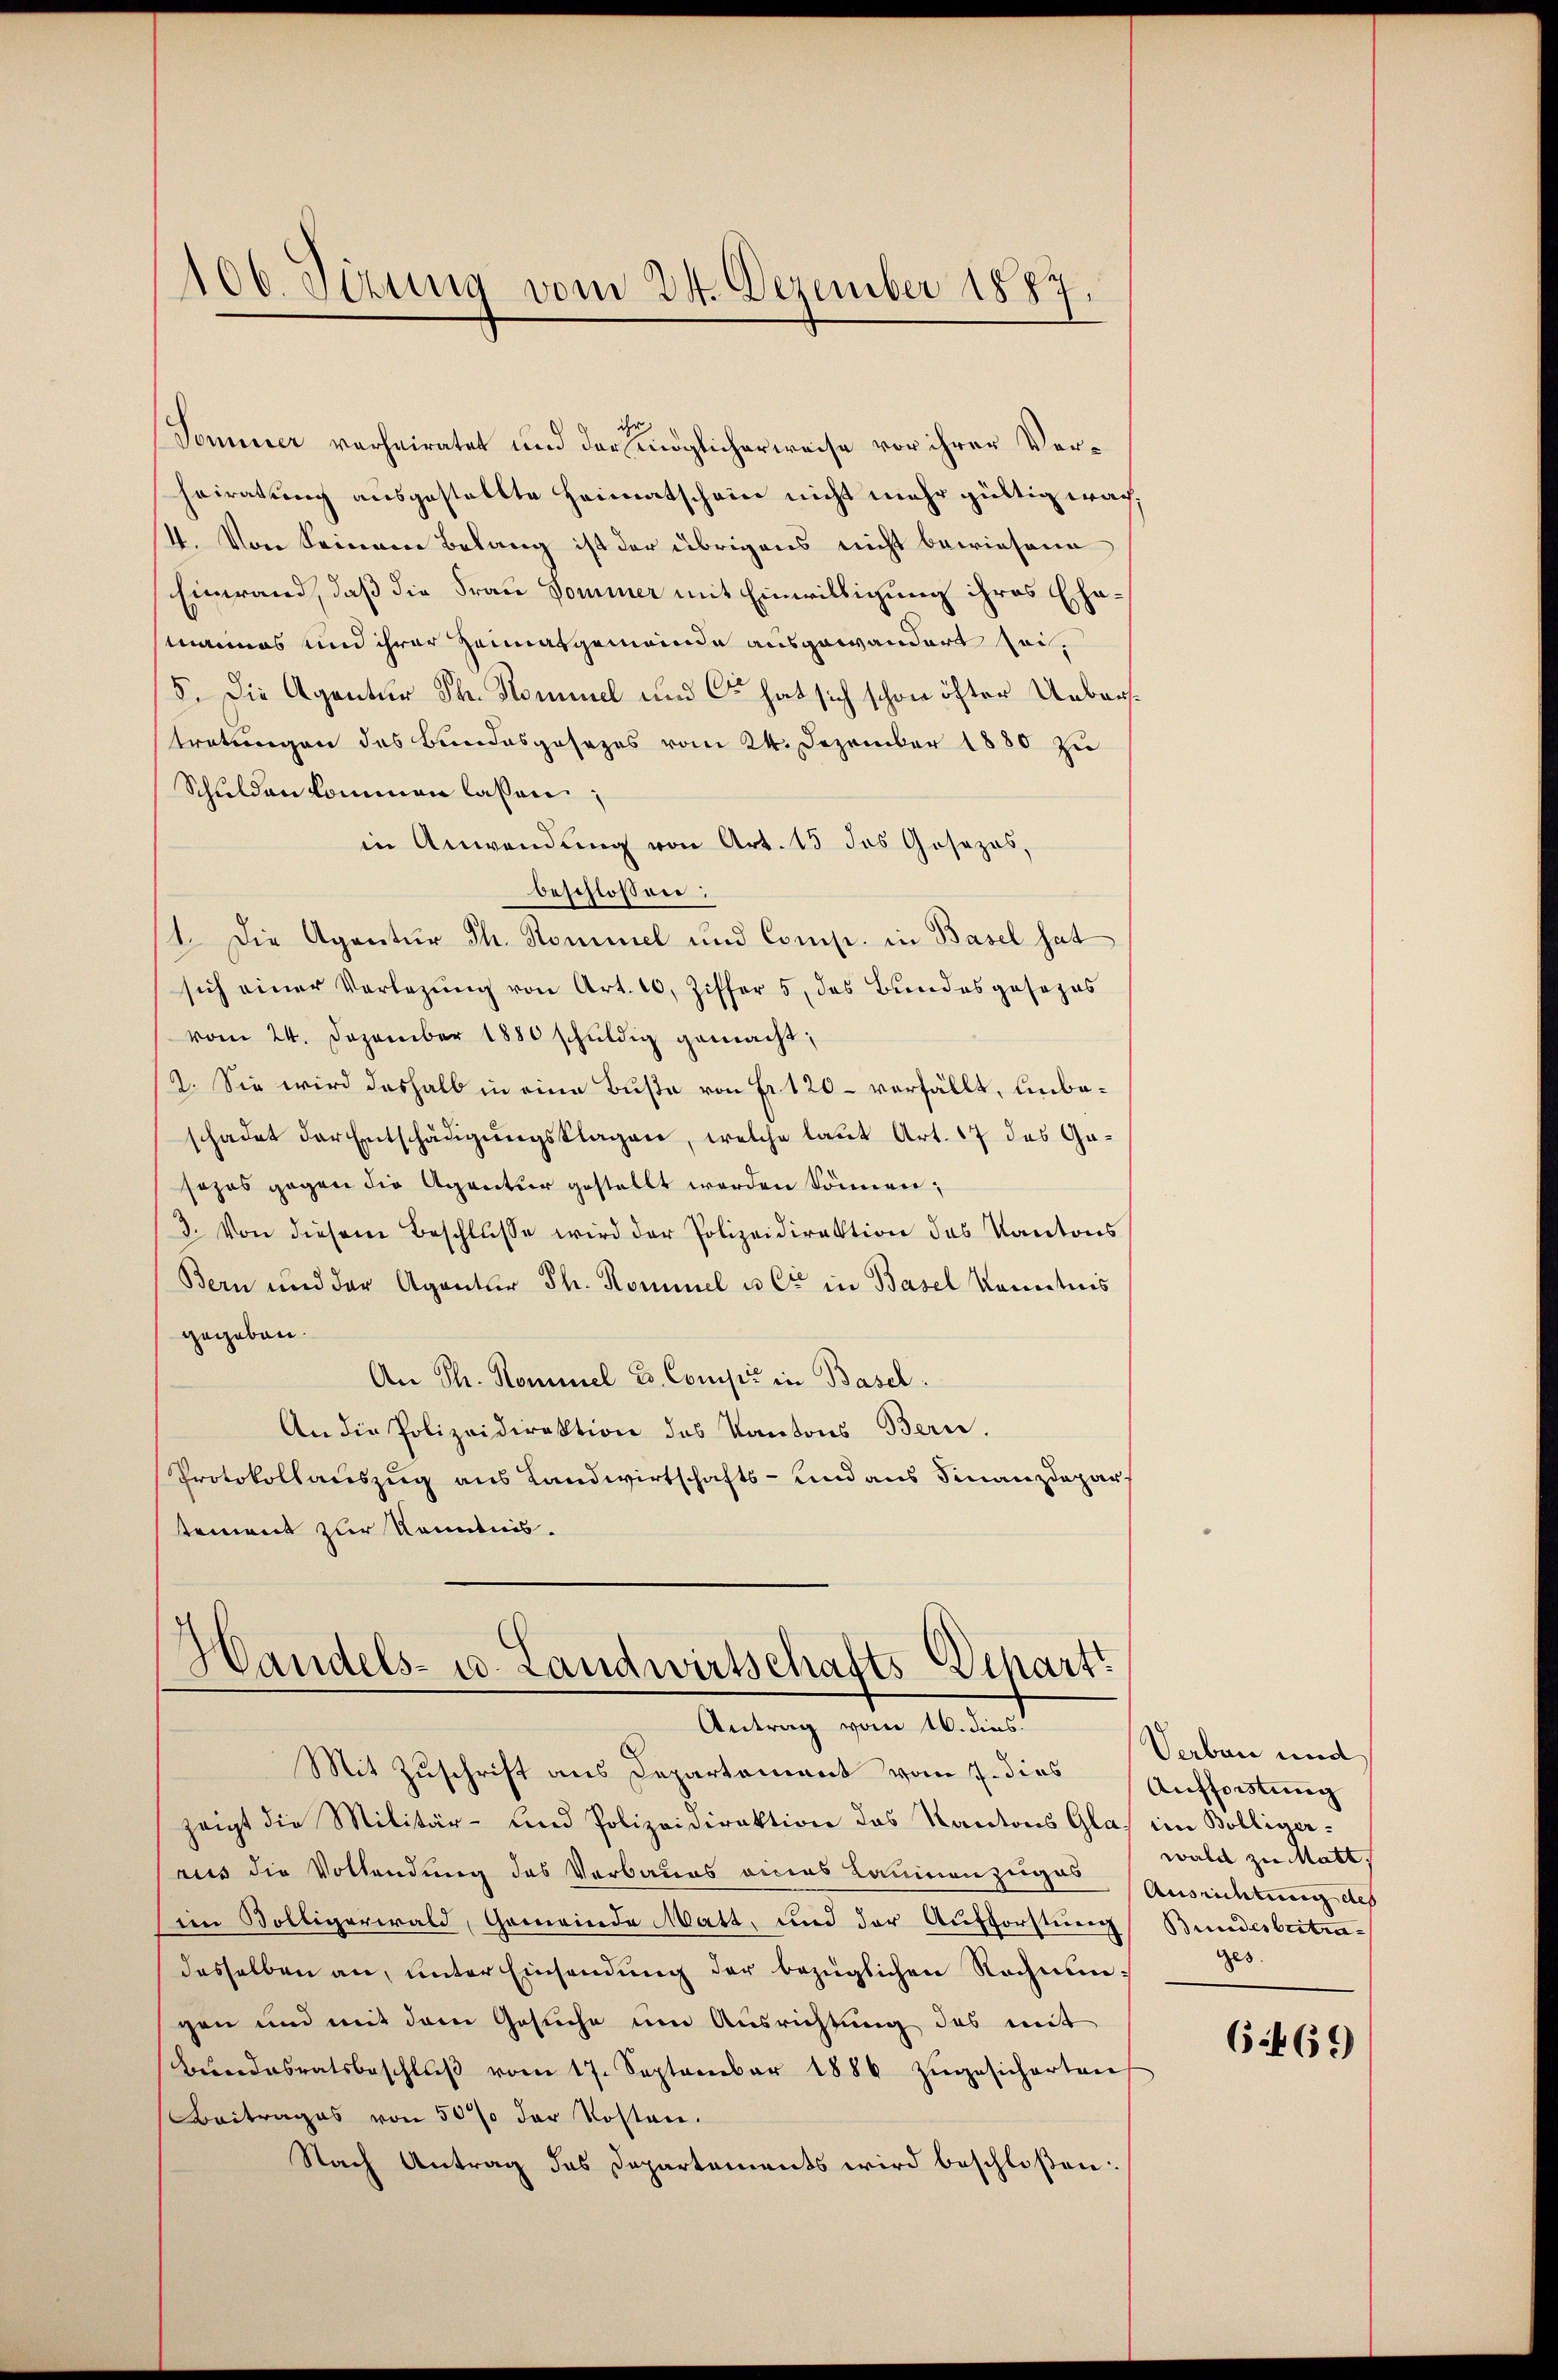
Tominer verheiratet und der möglicherweise vor ihrer Verheiratung ausgestaltte Heimatschein nicht mehr gültig wach,
4. Von Seinem Belang ist der übrigens nicht bewiesene
Einwand, daß die Frau Dominer mit Einwilligung ihres Ehemannes und ihrer Heimatgemeinde ausgewandert sei,
5. Die Agentur Th. Kommel und Co hat sich schon öfter Ueberstretungen des Bundesgesezes vom 24. Dezember 1880 zu
Schulden kommen lassen;
in Anwendung von Art. 13 das Gesezes,
beschlossen:
1. Die Agentur Th. Kommel und Comp. in Basel hat
sich einer Verlegŭng von Art. 10, Ziffer 5, das Bundesgesezes
vom 24. Dezember 1880 schuldig gemacht;
2. Sie wird deshalb in eine Buße von Fr. 120 – verfällt, unbeschadet der Entschädigungsklagen, welche laut Art. 17 des Gasezes gegen die Agentur gestellt werden können;
3. Von diesem Beschlŭsse wird der Polizeidirektion des Kantons
Bern und der Agentur Th. Rominel u Ct in Basel kenntnis
gegeben.
An Th. Kommel u. Comp. in Basel.
An die Polizeidirektion des Kantons Bern.
Protokollauszug aus Landwirtschafts- und aus Finanzdepar
tement zur Kenntnis.

106. Sizung vom 24. Dezember 1884.
1

Handels- u. Landwirtschafts-Depart
Antrag vom 16. dies
Mit Zuschrift aus Departement vom 7. dies Aufforstung

zeigt die Militär- und Polizeidirektion des Kantons Glas im Bolliger-
aus die Vollendung des Verbaues eines Baumanzeiges Ausrichtung des
im Voltigerwald, Gemeinde Matt, und der Aufforstung
desselben an, unter Einsendung der bezüglichen Rechnungen und mit dem Gesuche um Ausrichtung des mit
Bundesratsbeschlŭβ vom 17. September 1886 zŭgesicherten
Beitrages von 50 % der Kosten.
Nach Antrag des Departements wird beschloßen:

Verbau und
wald zu Matt,
Bundesbritrages.

6:469